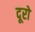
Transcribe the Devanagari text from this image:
दूरों